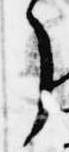
了